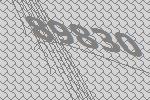
89830